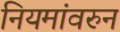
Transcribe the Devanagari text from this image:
नियमांवरुन